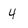
Character: 4